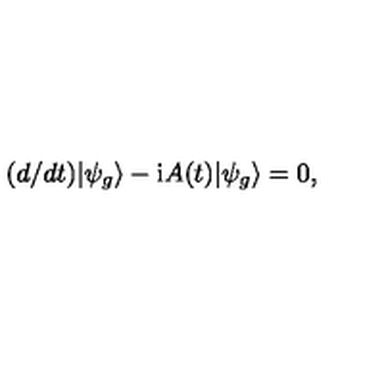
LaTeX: ( d / d t ) | { \psi } _ { g } \rangle - \mathrm { i } A ( t ) | \psi _ { g } \rangle = 0 ,